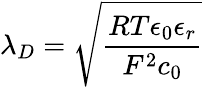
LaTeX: \lambda_{D}=\sqrt{\frac{RT\epsilon_{0}\epsilon_{r}}{F^{2}c_{0}}}